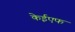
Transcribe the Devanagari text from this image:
केईएफ